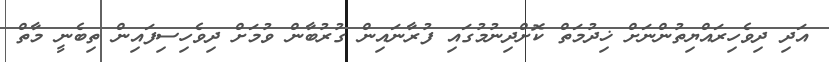
އަދި ދިވެހިރައްޔިތުންނަށް ޚިދުމަތް ކޮށްދިނުމުގައި ފުރާނައިން ގުރުބާން ވުމަށް ދިވެހިސިފައިން ތިބެނީ މާތް